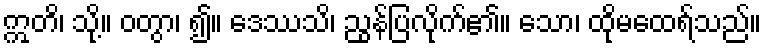
ဣတိ၊ သို့။ ဝတွာ၊ ၍။ ဒေဿသိ၊ ညွန်ပြလိုက်၏။ သော၊ ထိုမထေရ်သည်။